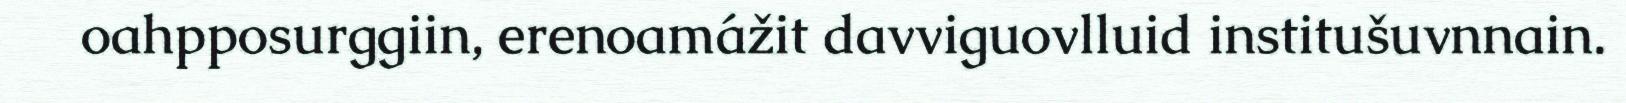
oahpposurggiin, erenoamážit davviguovlluid institušuvnnain.